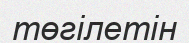
төгілетін